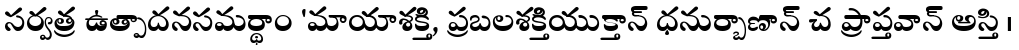
సర్వత్ర ఉత్పాదనసమర్థాం 'మాయాశక్తి, ప్రబలశక్తియుక్తాన్ ధనుర్బాణాన్ చ ప్రాప్తవాన్ అస్తి ।